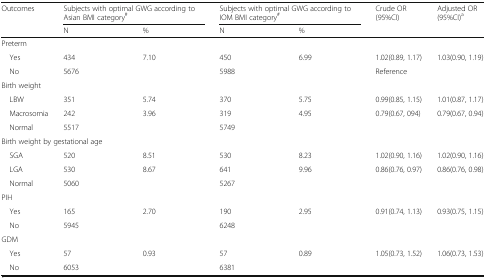
<table><thead><tr><td rowspan="2"><b>Outcomes</b></td><td colspan="2"><b>Subjects with optimal GWG according to Asian BMI category<sup>#</sup></b></td><td colspan="2"><b>Subjects with optimal GWG according to IOM BMI category<sup>#</sup></b></td><td rowspan="2"><b>Crude OR (95%CI)</b></td><td rowspan="2"><b>Adjusted OR (95%CI)<sup>a</sup></b></td></tr><tr><td><b>N</b></td><td><b>%</b></td><td><b>N</b></td><td><b>%</b></td></tr></thead><tbody><tr><td colspan="7">Preterm</td></tr><tr><td> Yes</td><td>434</td><td>7.10</td><td>450</td><td>6.99</td><td>1.02(0.89, 1.17)</td><td>1.03(0.90, 1.19)</td></tr><tr><td> No</td><td>5676</td><td></td><td>5988</td><td></td><td>Reference</td><td></td></tr><tr><td colspan="7">Birth weight</td></tr><tr><td> LBW</td><td>351</td><td>5.74</td><td>370</td><td>5.75</td><td>0.99(0.85, 1.15)</td><td>1.01(0.87, 1.17)</td></tr><tr><td> Macrosomia</td><td>242</td><td>3.96</td><td>319</td><td>4.95</td><td>0.79(0.67, 094)</td><td>0.79(0.67, 0.94)</td></tr><tr><td> Normal</td><td>5517</td><td></td><td>5749</td><td></td><td></td><td></td></tr><tr><td colspan="7">Birth weight by gestational age</td></tr><tr><td> SGA</td><td>520</td><td>8.51</td><td>530</td><td>8.23</td><td>1.02(0.90, 1.16)</td><td>1.02(0.90, 1.16)</td></tr><tr><td> LGA</td><td>530</td><td>8.67</td><td>641</td><td>9.96</td><td>0.86(0.76, 0.97)</td><td>0.86(0.76, 0.98)</td></tr><tr><td> Normal</td><td>5060</td><td></td><td>5267</td><td></td><td></td><td></td></tr><tr><td colspan="7">PIH</td></tr><tr><td> Yes</td><td>165</td><td>2.70</td><td>190</td><td>2.95</td><td>0.91(0.74, 1.13)</td><td>0.93(0.75, 1.15)</td></tr><tr><td> No</td><td>5945</td><td></td><td>6248</td><td></td><td></td><td></td></tr><tr><td colspan="7">GDM</td></tr><tr><td> Yes</td><td>57</td><td>0.93</td><td>57</td><td>0.89</td><td>1.05(0.73, 1.52)</td><td>1.06(0.73, 1.53)</td></tr><tr><td> No</td><td>6053</td><td></td><td>6381</td><td></td><td></td><td></td></tr></tbody></table>